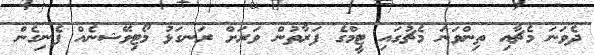
ދެވަނަ މެޗާއި ތިންވަނަ މެޗުގައި ޓީމްގެ ފަރާތުން ވަރަށް ރަނގަޅު މޯޓިވޭޝނެއް ފެނިގެން